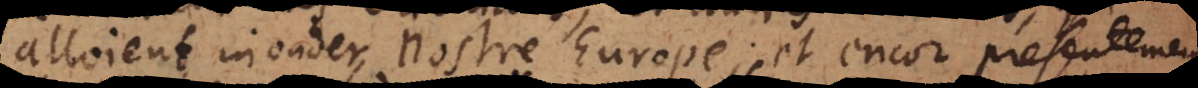
alloient inonder nostre Europe; et encor presentemen